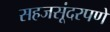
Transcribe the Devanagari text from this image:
सहजसूंदरपणे